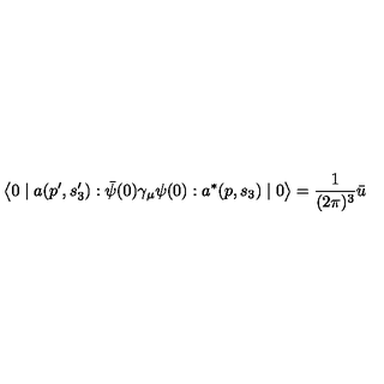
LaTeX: \left\langle 0 \mid a ( p ^ { \prime } , s _ { 3 } ^ { \prime } ) : \bar { \psi } ( 0 ) \gamma _ { \mu } \psi ( 0 ) : a ^ { * } ( p , s _ { 3 } ) \mid 0 \right\rangle = \frac { 1 } { ( 2 \pi ) ^ { 3 } } \bar { u }